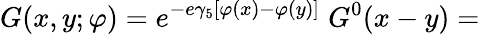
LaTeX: G(x,y;\varphi)=e^{-e\gamma_{5}[\varphi(x)-\varphi(y)]}\; G^{0}(x-y)=